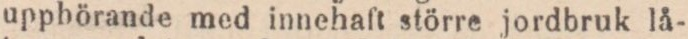
upphörande med innehaſt större jordbruk lå-